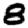
Digit: 8